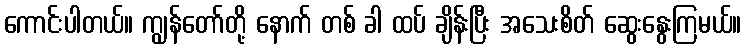
ကောင်းပါတယ်။ ကျွန်တော်တို့ နောက် တစ် ခါ ထပ် ချိန်းပြီး အသေးစိတ် ဆွေးနွေးကြမယ်။